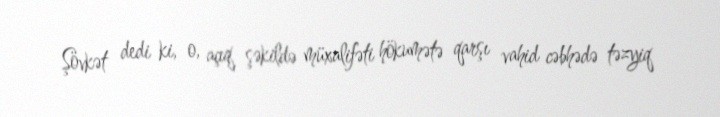
Şövkət dedi ki, o, açıq şəkildə müxalifəti hökumətə qarşı vahid cəbhədə təzyiq